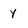
Character: y